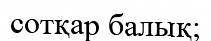
сотқар балық;